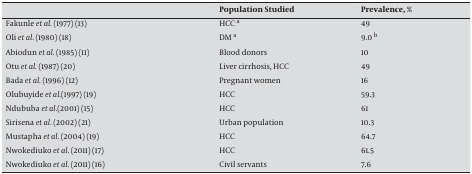
<table><thead><tr><td>[EMPTY_CELL]</td><td><b>PopulationStudied</b></td><td><b>Prevalence,%</b></td></tr></thead><tbody><tr><td>Fakunle et al. (1977) [13]</td><td>HCC a</td><td>49</td></tr><tr><td>Oli et al. (1980) [18]</td><td>DM a</td><td>9.0 b</td></tr><tr><td>Abiodun et al. (1985)[11]</td><td>Blood donors</td><td>10</td></tr><tr><td>Otu et al. (1987) [20]</td><td>Liver cirrhosis,HCC</td><td>49</td></tr><tr><td>Bada et al. (1996) [12]</td><td>Pregnant women</td><td>16</td></tr><tr><td>Olubuyide et al.(1997) [19]</td><td>HCC</td><td>59.3</td></tr><tr><td>Ndububa et al.(2001) [15]</td><td>HCC</td><td>61</td></tr><tr><td>Sirisena et al. (2002) [21]</td><td>Urban population</td><td>10.3</td></tr><tr><td>Mustapha et al. (2004)[19]</td><td>HCC</td><td>64.7</td></tr><tr><td>Nwokediuko et al. (2011) [17]</td><td>HCC</td><td>61.5</td></tr><tr><td>Nwokediuko et al. (2011)[16]</td><td>Civil servants</td><td>7.6</td></tr></tbody></table>